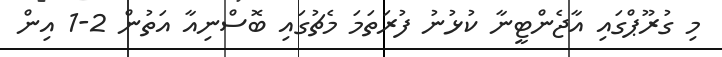
މި ގުރޫޕްގައި އާޖެންޓީނާ ކުޅުނު ފުރަތަމަ މެޗުގައި ބޮސްނިއާ އަތުން 2-1 އިން